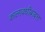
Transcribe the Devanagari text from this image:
कालावधीबाबत